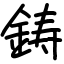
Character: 鋳